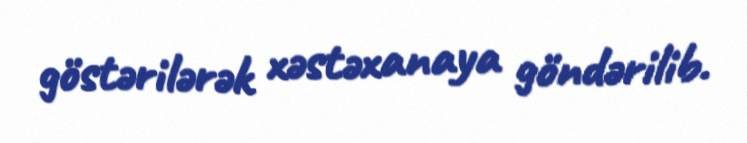
göstərilərək xəstəxanaya göndərilib.